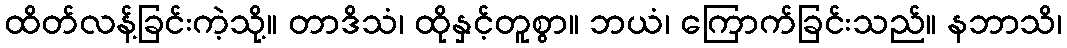
ထိတ်လန့်ခြင်းကဲ့သို့။ တာဒိသံ၊ ထိုနှင့်တူစွာ။ ဘယံ၊ ကြောက်ခြင်းသည်။ နဘာသိ၊